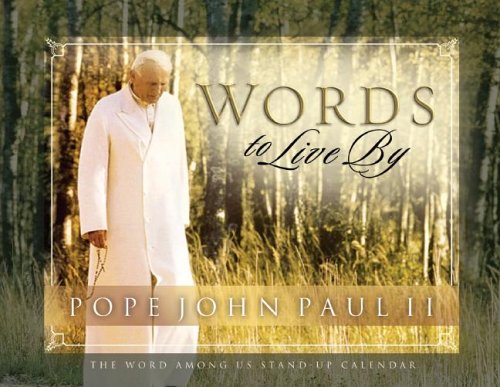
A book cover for Pope John Paul II: Words to Live by Perpetual Desk Calendar; Word Among Us; Calendars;